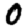
Digit: 0